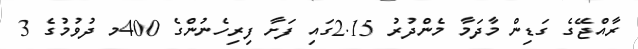
ރާއްޖޭގެ ގަޑިން މާދަމާ މެންދުރު 2.15ގައި ފަށާ ފިރިހެނުންގެ 400މ ދުވުމުގެ 3